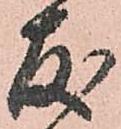
友